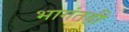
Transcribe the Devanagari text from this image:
भागंतही